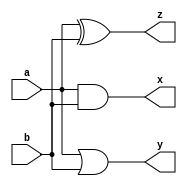
//`timescale 1ns / 1ps


module logic_gate(a, b, x, y ,z);

input a, b;

output x,y,z;

wire x,y,z;

assign x = a & b;

assign y = a | b;

assign z = a ^ b;

endmodule